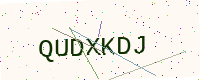
Text: QUDXKDJ